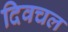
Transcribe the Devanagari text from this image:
दिवचल